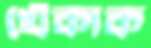
খেঁকাক